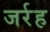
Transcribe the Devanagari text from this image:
जर्रह